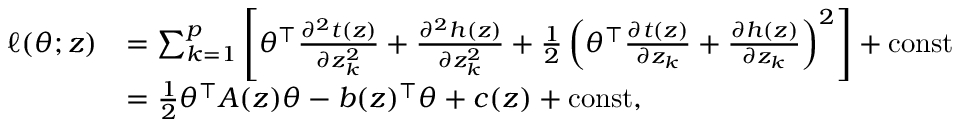
\begin{array} { r l } { \ell ( \theta ; z ) } & { = \sum _ { k = 1 } ^ { p } \left[ \theta ^ { \top } \frac { \partial ^ { 2 } t ( z ) } { \partial z _ { k } ^ { 2 } } + \frac { \partial ^ { 2 } h ( z ) } { \partial z _ { k } ^ { 2 } } + \frac 1 2 \left( \theta ^ { \top } \frac { \partial t ( z ) } { \partial z _ { k } } + \frac { \partial h ( z ) } { \partial z _ { k } } \right) ^ { 2 } \right] + \mathrm { c o n s t } } \\ & { = \frac 1 2 \theta ^ { \top } A ( z ) \theta - b ( z ) ^ { \top } \theta + c ( z ) + \mathrm { c o n s t } , } \end{array}